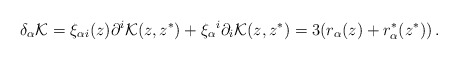
\begin{align*}\delta _\alpha {\cal K}=\xi_{\alpha i}(z)\partial ^i{\cal K}(z,z^*) +\xi _\alpha {}^i\partial _i{\cal K}(z,z^*)= 3(r_\alpha(z)+r_\alpha^*(z^*))\,.\end{align*}